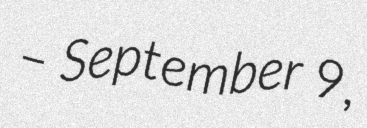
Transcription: – September 9,